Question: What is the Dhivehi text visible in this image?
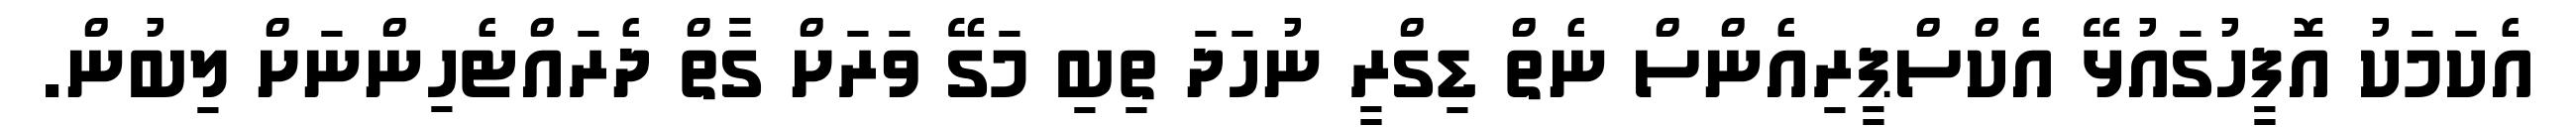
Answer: އެކަމަކު އޮފީހުގައުޅޭ އެކްސްޕީރިއެންސް ނެތް ޑިގްރީ ނުހަދަ ތިބި މަގޭ ވަރަށް ގާތް ދެރައްޓެހިންނަށް ލިބުން.